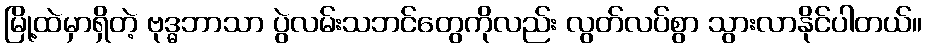
မြို့ထဲမှာရှိတဲ့ ဗုဒ္ဓဘာသာ ပွဲလမ်းသဘင်တွေကိုလည်း လွတ်လပ်စွာ သွားလာနိုင်ပါတယ်။